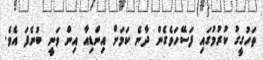
ތަހުގީގު ކުރުމުގައި ފަސޭހަވެގެން ދާނެ ކަމަށް އިންޑިއާ އިން ވަނީ ބުނެފަ އެވެ.